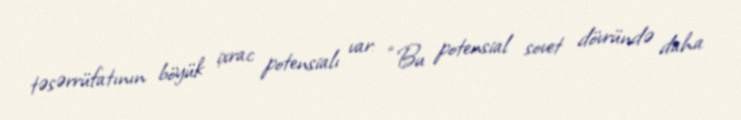
təsərrüfatının böyük ixrac potensialı var: “Bu potensial sovet dövründə daha